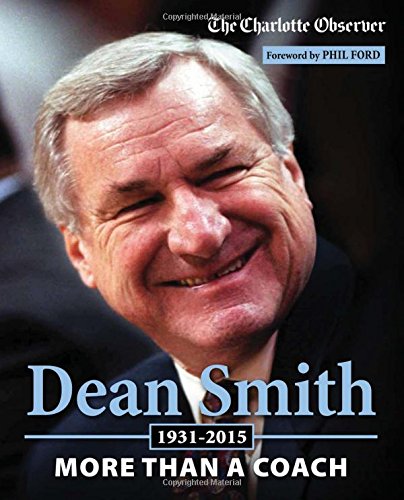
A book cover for Dean Smith: More than a Coach; The Charlotte Observer; Sports & Outdoors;